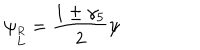
LaTeX: \psi _ { \stackrel { R } { L } } = { \frac { 1 \pm \gamma _ { 5 } } { 2 } } \psi